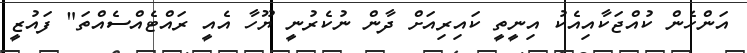
އަންހެން ކުއްޖަކާއިއެކު އިނީތީ ކައިރިއަށް ދާން ނުކެރުނީ ޔޫހާ އެއީ ރައްޓެއްސެއްތަ" ފައުޒީ